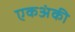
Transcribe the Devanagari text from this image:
एकअंकी